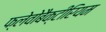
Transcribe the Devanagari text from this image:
फ्लेवोबैक्टीरियम